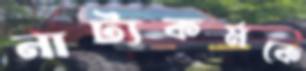
নাট্যকর্মকে